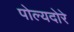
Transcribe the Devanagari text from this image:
पोल्यदोरे